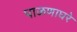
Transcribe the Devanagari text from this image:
पाळणाघरे